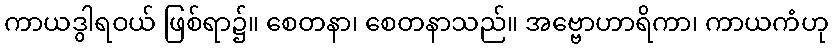
ကာယဒွါရဝယ် ဖြစ်ရာ၌။ စေတနာ၊ စေတနာသည်။ အဗ္ဗောဟာရိကာ၊ ကာယကံဟု